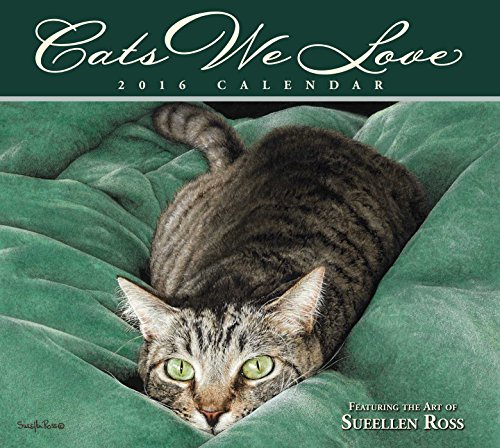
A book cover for Cats We Love 2016 Deluxe Wall Calendar; Sueellen Ross; Calendars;